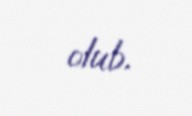
olub.